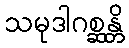
သမုဒါဂစ္ဆန္တိ